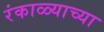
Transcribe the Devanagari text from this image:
रंकाळ्याच्या